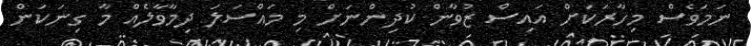
ނަމަވެސް މިހާރަކަށް އައިސް ޒުވާން ކުދިންނަށް މި މައްސަލަ ދިމާވާލެއް މާ ގިނަކަން